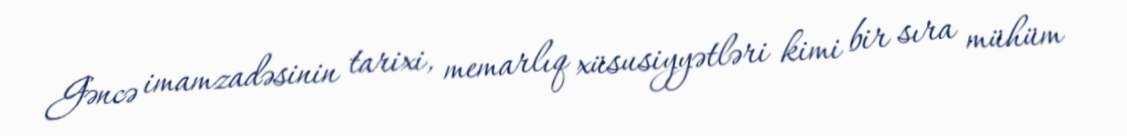
Gəncə imamzadəsinin tarixi, memarlıq xüsusiyyətləri kimi bir sıra mühüm